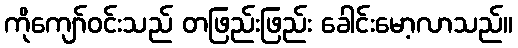
ကိုကျော်ဝင်းသည် တဖြည်းဖြည်း ခေါင်းမော့လာသည်။